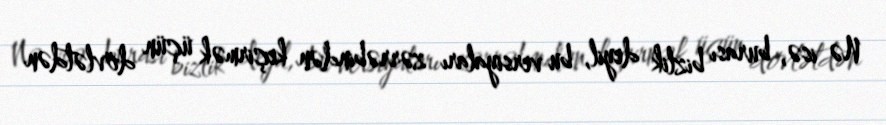
Nə isə, burası bizlik deyil, bu versiyaları zərrəbindən keçirmək üçün dövlətdən